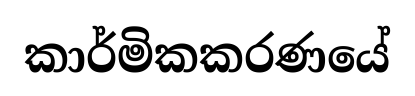
කාර්මිකකරණයේ